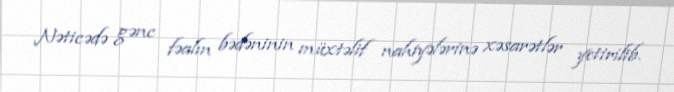
Nəticədə gənc fəalın bədəninin müxtəlif nahiyələrinə xəsarətlər yetirilib.